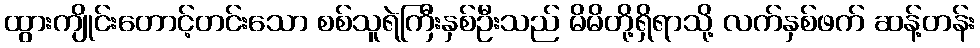
ထွားကျိုင်းတောင့်တင်းသော စစ်သူရဲကြီးနှစ်ဦးသည် မိမိတို့ရှိရာသို့ လက်နှစ်ဖက် ဆန့်တန်း